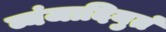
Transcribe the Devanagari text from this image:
व्यंजादियुतं